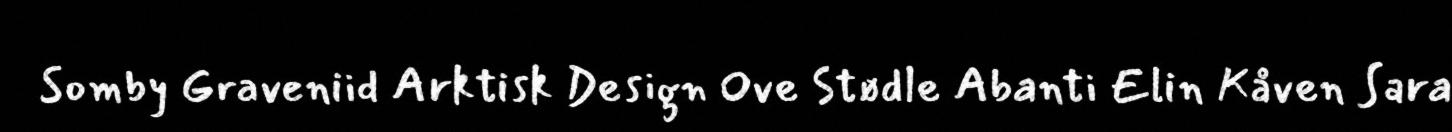
Somby Graveniid Arktisk Design Ove Stødle Abanti Elin Kåven Sara